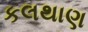
કલથાણ